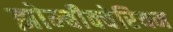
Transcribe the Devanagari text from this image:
झोम्बीक्वेरियम